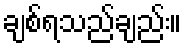
ချစ်ရသည်ချည်း။